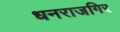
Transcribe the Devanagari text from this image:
धनराजगिर